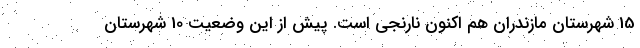
15 شهرستان مازندران هم اکنون نارنجی است. پیش از این وضعیت 10 شهرستان